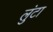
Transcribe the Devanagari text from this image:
लुंटा